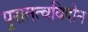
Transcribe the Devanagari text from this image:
पुरातत्वविदोन